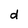
Character: d